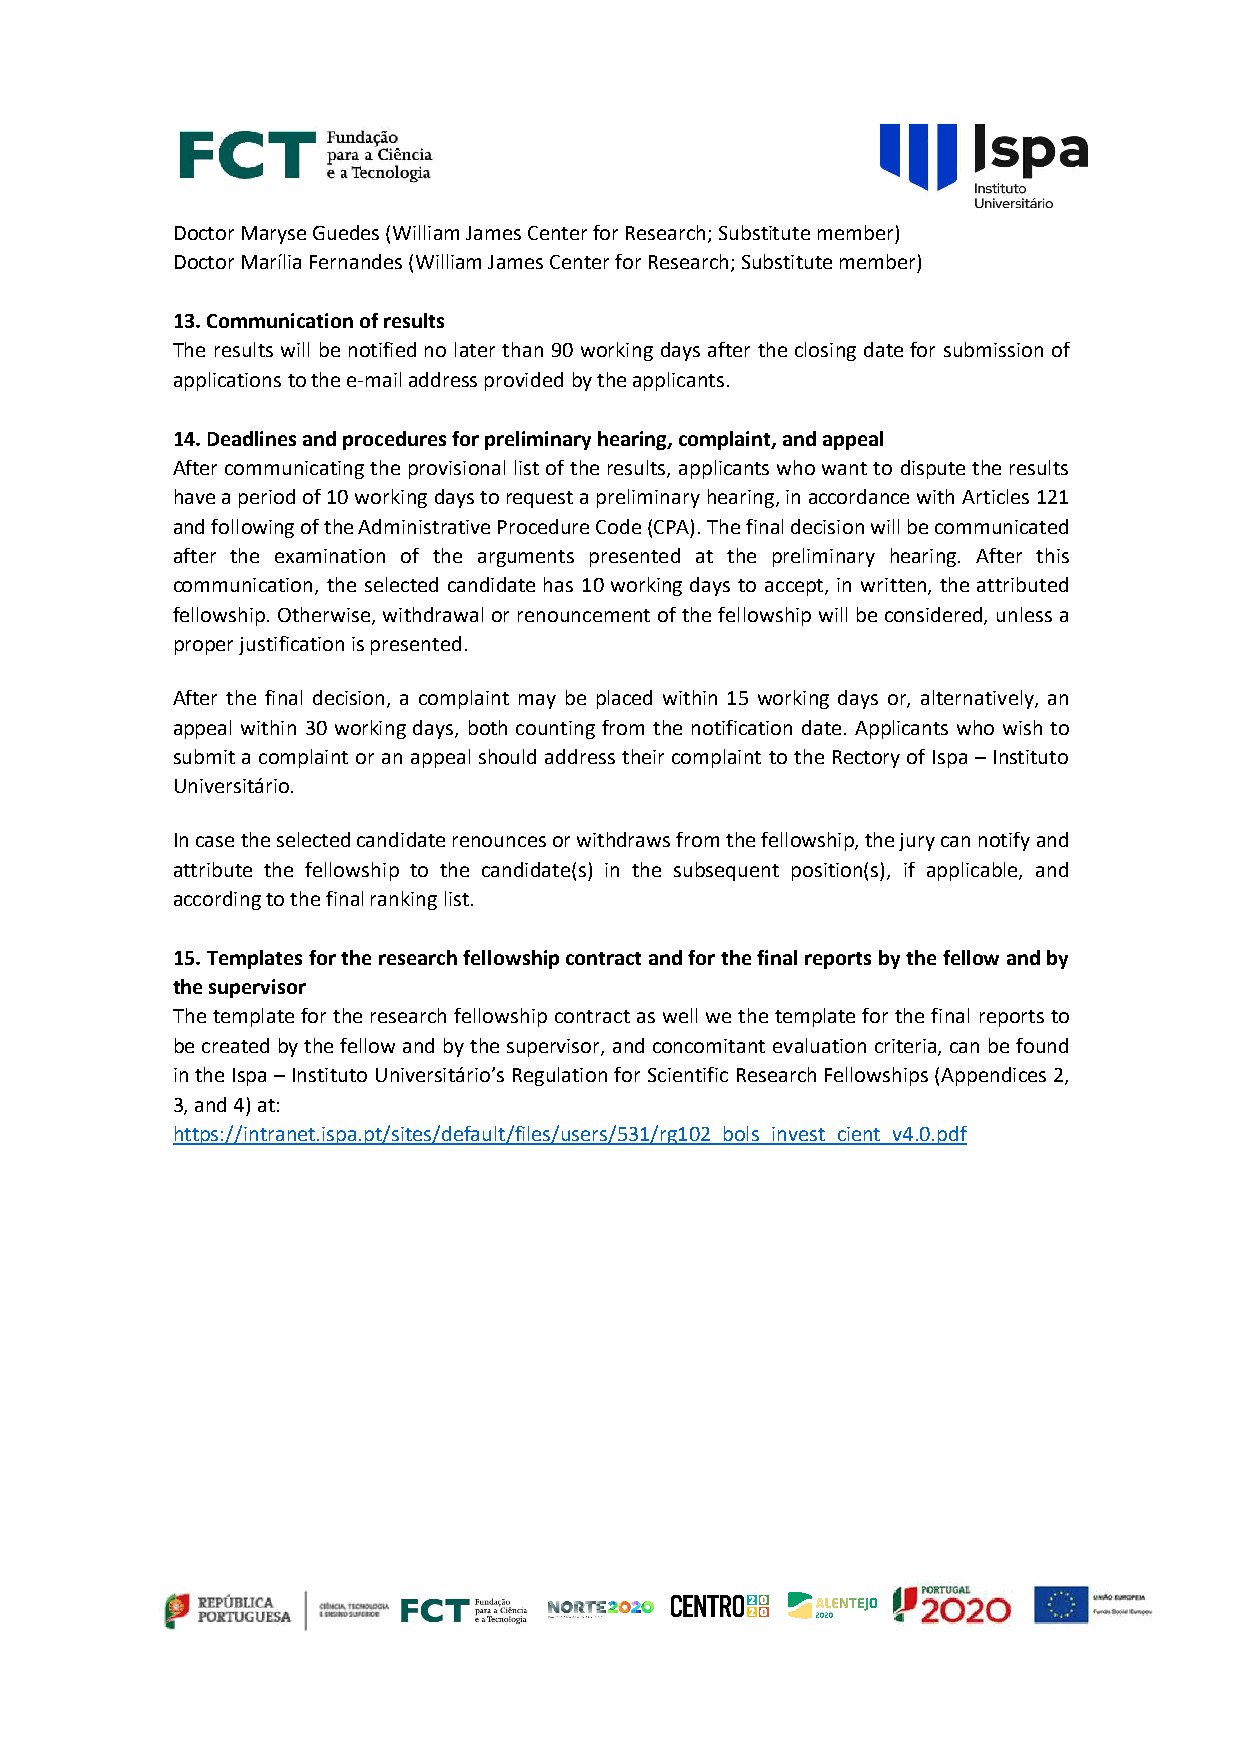
Doctor Maryse Guedes (William James Center for Research; Substitute member)
 Doctor Marília Fernandes (William James Center for Research; Substitute member)
 13. Communication of results
 The results will be notified no later than 90 working days after the closing date for submission of
 applications to the e-mail address provided by the applicants.
 14. Deadlines and procedures for preliminary hearing, complaint, and appeal
 After communicating the provisional list of the results, applicants who want to dispute the results
 have a period of 10 working days to request a preliminary hearing, in accordance with Articles 121
 and following of the Administrative Procedure Code (CPA). The final decision will be communicated
 after the examination of the arguments presented at the preliminary hearing. After this
 communication, the selected candidate has 10 working days to accept, in written, the attributed
 fellowship. Otherwise, withdrawal or renouncement of the fellowship will be considered, unless a
 proper justification is presented.
 After the final decision, a complaint may be placed within 15 working days or, alternatively, an
 appeal within 30 working days, both counting from the notification date. Applicants who wish to
 submit a complaint or an appeal should address their complaint to the Rectory of Ispa – Instituto
 Universitário.
 In case the selected candidate renounces or withdraws from the fellowship, the jury can notify and
 attribute the fellowship to the candidate(s) in the subsequent position(s), if applicable, and
 according to the final ranking list.
 15. Templates for the research fellowship contract and for the final reports by the fellow and by
 the supervisor
 The template for the research fellowship contract as well we the template for the final reports to
 be created by the fellow and by the supervisor, and concomitant evaluation criteria, can be found
 in the Ispa – Instituto Universitário’s Regulation for Scientific Research Fellowships (Appendices 2,
 3, and 4) at:
 https://intranet.ispa.pt/sites/default/files/users/531/rg102_bols_invest_cient_v4.0.pdf